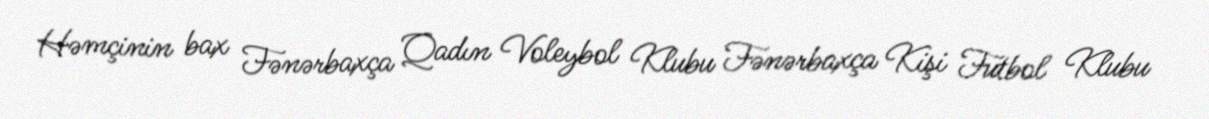
Həmçinin bax Fənərbaxça Qadın Voleybol Klubu Fənərbaxça Kişi Futbol Klubu